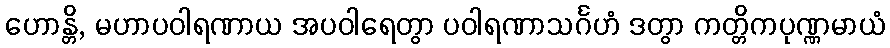
ဟောန္တိ, မဟာပဝါရဏာယ အပဝါရေတွာ ပဝါရဏာသင်္ဂဟံ ဒတွာ ကတ္တိကပုဏ္ဏမာယံ